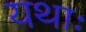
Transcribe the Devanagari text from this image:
यथाः